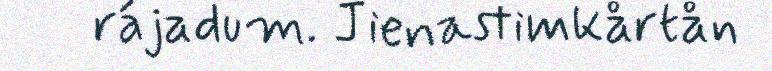
rájadum. Jienastimkårtån